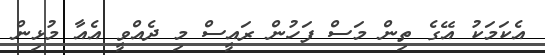
އެކަމަކު އޭގެ ތިން މަސް ފަހުން ރައީސް މި ދެއްވީ އެއާ މުޅިން